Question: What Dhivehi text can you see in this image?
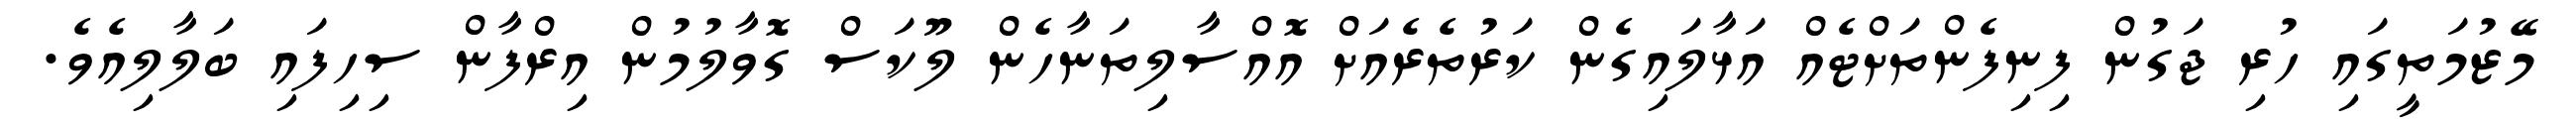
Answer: މޭޒުމަތީގައި ހުރި ޖަގުން ފިނިފެންތަށްޓެއް އަޅާލައިގެން ކަރުތެރެއަށް އޮއްސާލިތަނާހެން ލޫކަސް ގޮވާލުމުން އިރްފާން ސިހިފައި ބަލާލިއެވެ.